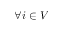
\forall i \in V